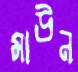
মাউন